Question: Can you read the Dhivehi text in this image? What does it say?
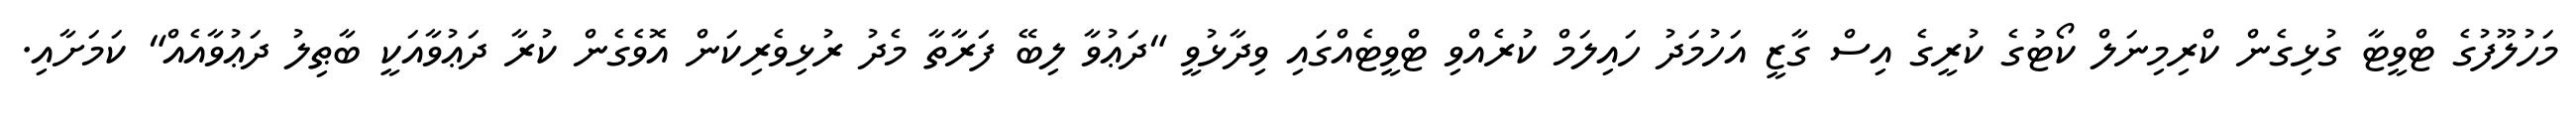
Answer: މަހުލޫފުގެ ޓްވީޓާ ގުޅިގެން ކްރިމިނަލް ކޯޓުގެ ކުރީގެ އިސް ގާޒީ އަހުމަދު ހައިލަމް ކުރެއްވި ޓްވީޓެއްގައި ވިދާޅުވީ "ދަޢުވާ ލިބޭ ފަރާތާ މެދު ރުޅިވެރިކަން އޮވެގެން ކުރާ ދަޢުވާއަކީ ބާޠިލު ދަޢުވާއެއް" ކަމަށާއި.